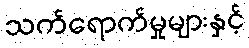
သက်ရောက်မှုများနှင့်